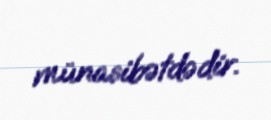
münasibətdədir.